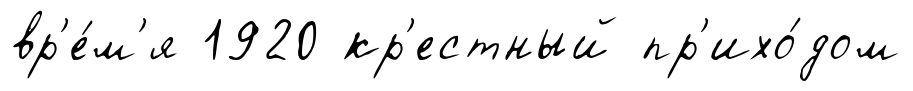
вр'е́м'я 1920 кр'естный пр'ихо́дом